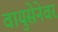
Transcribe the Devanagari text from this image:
वायुसेनेवर